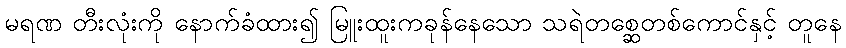
မရဏ တီးလုံးကို နောက်ခံထား၍ မြူးထူးကခုန်နေသော သရဲတစ္ဆေတစ်ကောင်နှင့် တူနေ